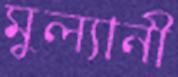
মুল্যানী